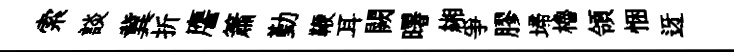
索談冀折譍簫勤鞭耳闕曙緗爭膠埽櫓領悃迓